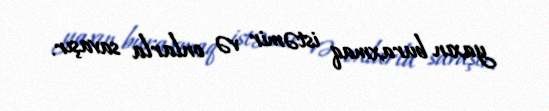
yaxın buraxmaq istəmir və onlarla savaşır.